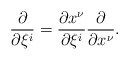
\begin{align*}{\partial\over\partial\xi^i}={\partial x^\nu\over\partial\xi^i}{\partial\over\partial x^\nu}.\end{align*}